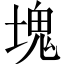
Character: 塊